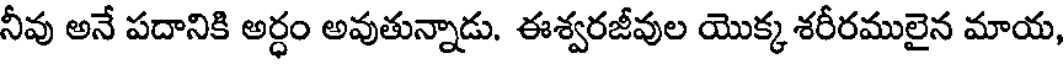
నీవు అనే పదానికి అర్ధం అవుతున్నాడు. ఈశ్వరజీవుల యొక్క శరీరములైన మాయ,